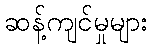
ဆန့်ကျင်မှုများ